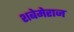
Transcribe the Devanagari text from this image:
शबेमेराज